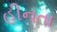
હીનતા